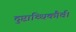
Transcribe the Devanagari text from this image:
दुष्टाब्धिकौर्व।